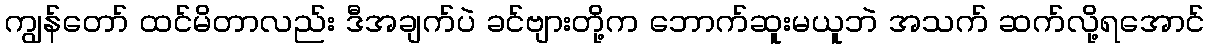
ကျွန်တော် ထင်မိတာလည်း ဒီအချက်ပဲ ခင်ဗျားတို့က ဘောက်ဆူးမယူဘဲ အသက် ဆက်လို့ရအောင်